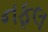
નફલ